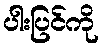
ပါးပြင်ကို